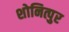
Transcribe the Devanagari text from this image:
शोनित्पुर